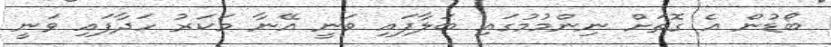
ބޯޑުން އެ ގޮތަށް ނިންމުމުގައި ބަލާފައި ވަނީ އޭނާ މަކަރު ހަދާފައި ވަނީ